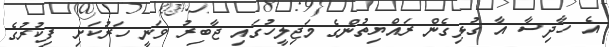
އެ ހާދިސާ އާ ގުޅިގެން ރައްޔިތުންގެ މަޖިލީހުގައި ޖާބިރު ވަނީ ހަރުކަށި ފިކުރުގެ